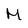
Character: M